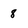
Character: 8